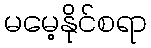
မမေ့နိုင်စရာ